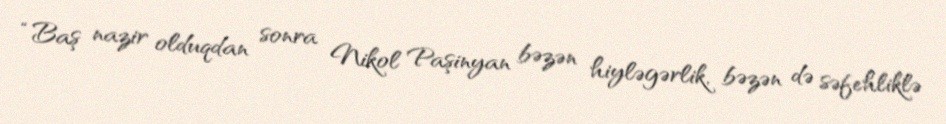
“Baş nazir olduqdan sonra Nikol Paşinyan bəzən hiyləgərlik, bəzən də səfehliklə